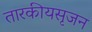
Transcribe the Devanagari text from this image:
तारकीयसृजन